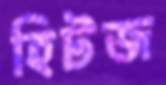
হিটজ